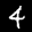
Label: 4